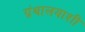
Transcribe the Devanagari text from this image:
ग्रंथालयाशी